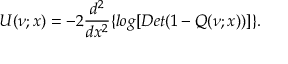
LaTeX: U ( \nu ; x ) = - 2 \frac { d ^ { 2 } } { d x ^ { 2 } } \{ l o g [ D e t ( 1 - Q ( \nu ; x ) ) ] \} .